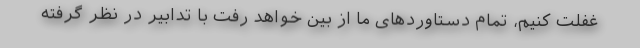
غفلت کنیم، تمام دستاوردهای ما از بین خواهد رفت با تدابیر در نظر گرفته